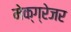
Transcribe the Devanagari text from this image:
मेक्ग्रेजर